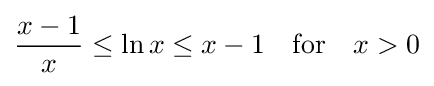
{\frac {x-1}{x}}\leq \ln x\leq x-1\quad {\text{for}}\quad x>0